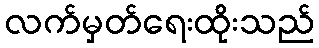
လက်မှတ်ရေးထိုးသည်